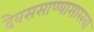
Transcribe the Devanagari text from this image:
देवससाण्यासारखा